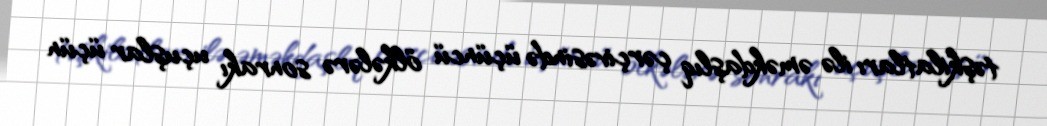
təşkilatları ilə əməkdaşlıq çərçivəsində üçüncü ölkələrə sonrakı uçuşlar üçün